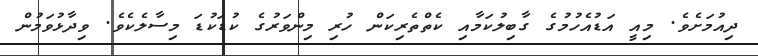
ދިއުމަށެވެ. މިއީ އަޑުއެހުމުގެ ގާބިލުކަމާއި ކެތްތެރިކަން ހުރި މިންވަރުގެ ކުޑަކުޑަ މިސާލެކެވެ. ވިދާޅުވަމުން